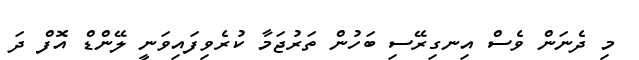
މި ދެނަން ވެސް އިނގިރޭސި ބަހުން ތަރުޖަމާ ކުރެވިފައިވަނީ ލޭންޑް އޮފް ދަ